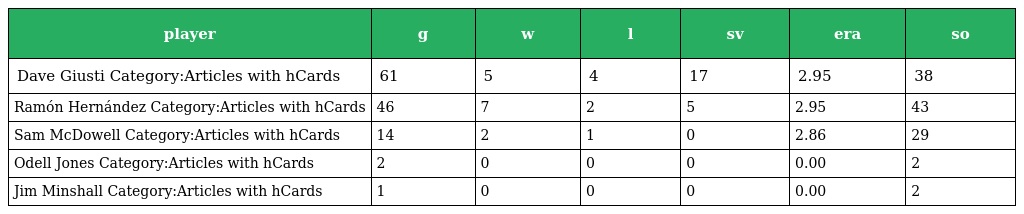
| player | g | w | l | sv | era | so |
 | --- | --- | --- | --- | --- | --- | --- |
 | Dave Giusti Category:Articles with hCards | 61 | 5 | 4 | 17 | 2.95 | 38 |
 | Ramón Hernández Category:Articles with hCards | 46 | 7 | 2 | 5 | 2.95 | 43 |
 | Sam McDowell Category:Articles with hCards | 14 | 2 | 1 | 0 | 2.86 | 29 |
 | Odell Jones Category:Articles with hCards | 2 | 0 | 0 | 0 | 0.00 | 2 |
 | Jim Minshall Category:Articles with hCards | 1 | 0 | 0 | 0 | 0.00 | 2 |